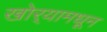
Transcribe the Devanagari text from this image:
खोर्‍यामधून